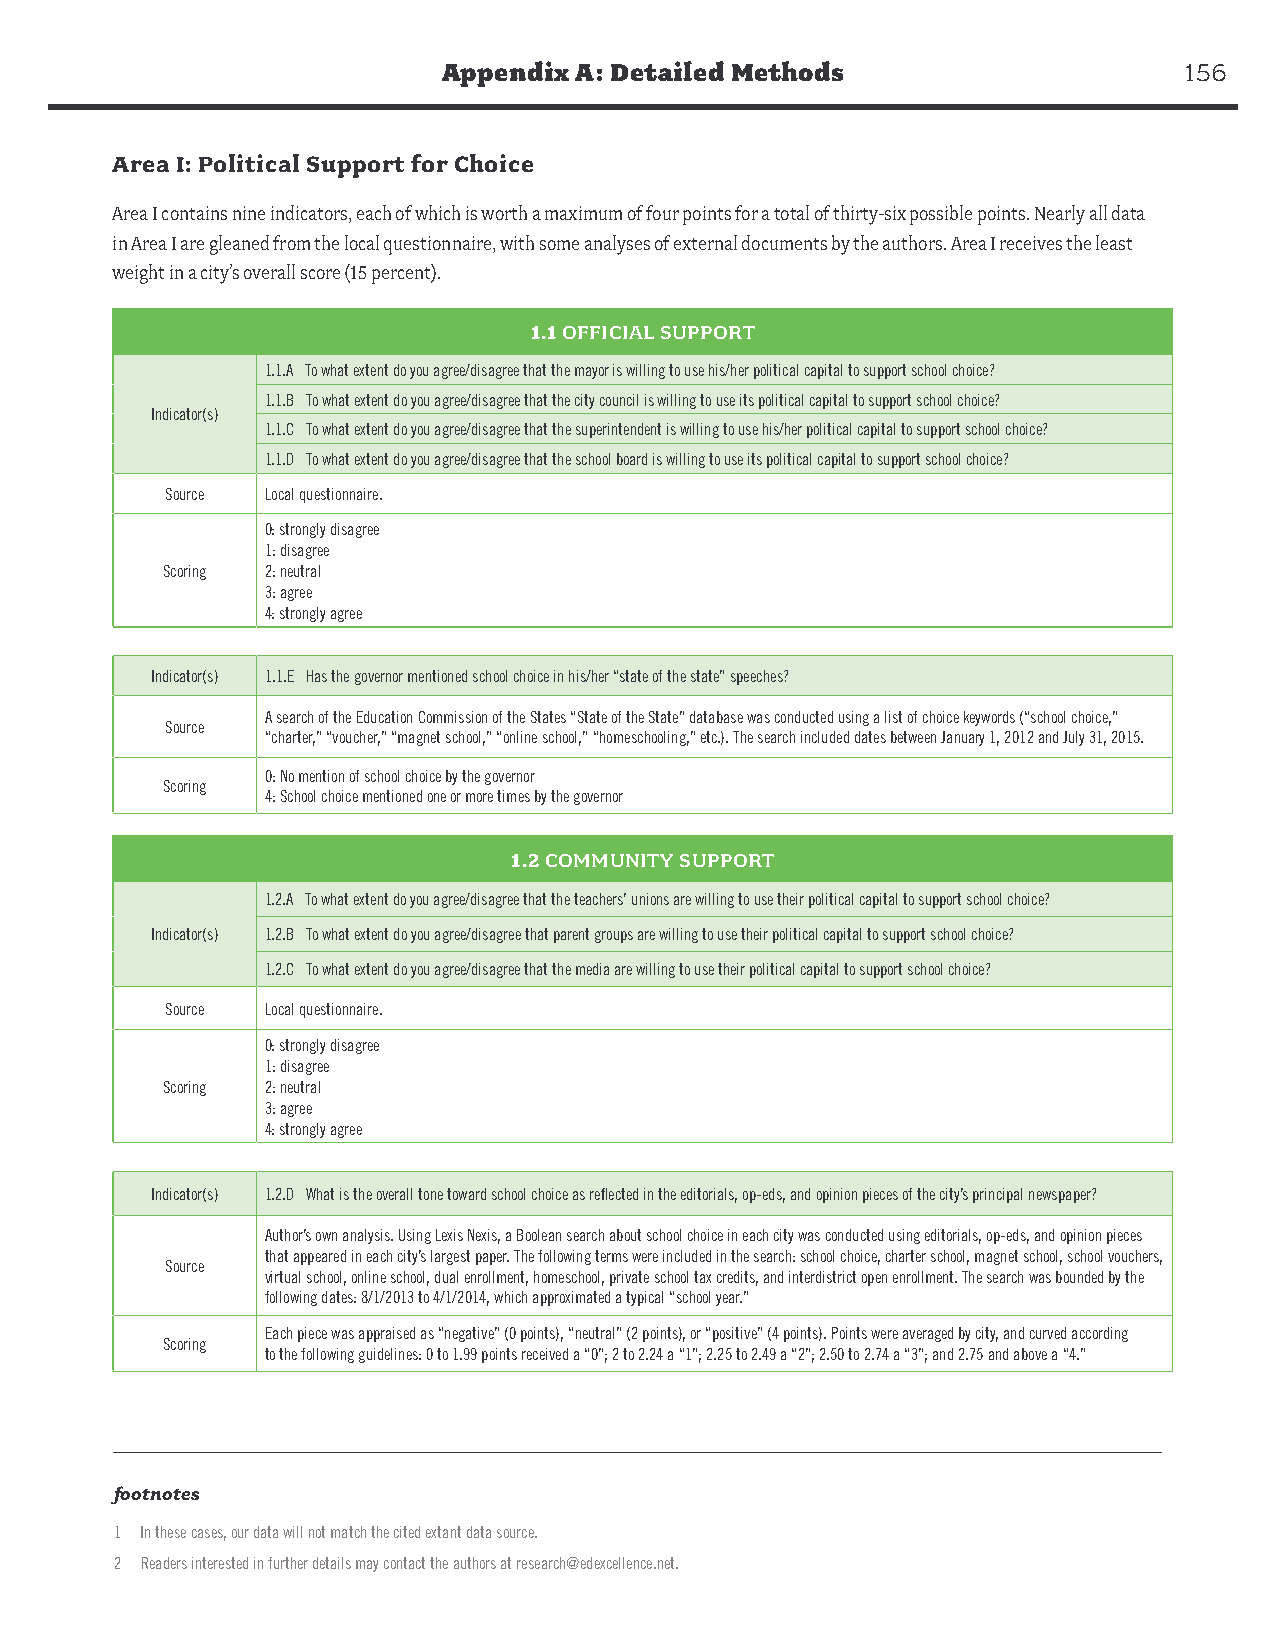
Appendix A: Detailed Methods                     156
 Area I: Political Support for Choice
 Area I contains nine indicators, each of which is worth a maximum of four points for a total of thirty-six possible points. Nearly all data
 in Area I are gleaned from the local questionnaire, with some analyses of external documents by the authors. Area I receives the least
 weight in a city’s overall score (15 percent).
 1.1 OFFICIAL SUPPORT
 1.1.A To what extent do you agree/disagree that the mayor is willing to use his/her political capital to support school choice?
 1.1.B To what extent do you agree/disagree that the city council is willing to use its political capital to support school choice?
 Indicator(s)
 1.1.C To what extent do you agree/disagree that the superintendent is willing to use his/her political capital to support school choice?
 1.1.D To what extent do you agree/disagree that the school board is willing to use its political capital to support school choice?
 Source Local questionnaire.
 0: strongly disagree
 1: disagree
 Scoring 2: neutral
 3: agree
 4: strongly agree
 Indicator(s) 1.1.E Has the governor mentioned school choice in his/her “state of the state” speeches?
 A search of the Education Commission of the States “State of the State” database was conducted using a list of choice keywords (“school choice,”
 Source
 “charter,” “voucher,” “magnet school,” “online school,” “homeschooling,” etc.). The search included dates between January 1, 2012 and July 31, 2015.
 0: No mention of school choice by the governor
 Scoring
 4: School choice mentioned one or more times by the governor
 1.2 COMMUNITY SUPPORT
 1.2.A To what extent do you agree/disagree that the teachers’ unions are willing to use their political capital to support school choice?
 Indicator(s) 1.2.B To what extent do you agree/disagree that parent groups are willing to use their political capital to support school choice?
 1.2.C To what extent do you agree/disagree that the media are willing to use their political capital to support school choice?
 Source Local questionnaire.
 0: strongly disagree
 1: disagree
 Scoring 2: neutral
 3: agree
 4: strongly agree
 Indicator(s) 1.2.D What is the overall tone toward school choice as reflected in the editorials, op-eds, and opinion pieces of the city’s principal newspaper?
 Author’s own analysis. Using Lexis Nexis, a Boolean search about school choice in each city was conducted using editorials, op-eds, and opinion pieces
 that appeared in each city’s largest paper. The following terms were included in the search: school choice, charter school, magnet school, school vouchers,
 Source
 virtual school, online school, dual enrollment, homeschool, private school tax credits, and interdistrict open enrollment. The search was bounded by the
 following dates: 8/1/2013 to 4/1/2014, which approximated a typical “school year.”
 Each piece was appraised as “negative” (0 points), “neutral” (2 points), or “positive” (4 points). Points were averaged by city, and curved according
 Scoring
 to the following guidelines: 0 to 1.99 points received a “0”; 2 to 2.24 a “1”; 2.25 to 2.49 a “2”; 2.50 to 2.74 a “3”; and 2.75 and above a “4.”
 footnotes
 1 In these cases, our data will not match the cited extant data source.
 2 Readers interested in further details may contact the authors at research@edexcellence.net.